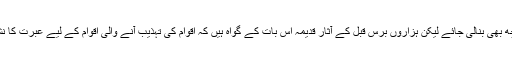
تاریخ کچھ ہو، کچھ بھی بنالی جائے لیکن ہزاروں برس قبل کے آثار قدیمہ اس بات کے گواہ ہیں کہ اقوام کی تہذیب آنے والی اقوام کے لیے عبرت کا نشان بن جاتے ہیں۔